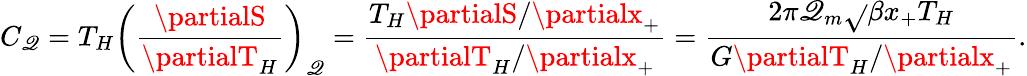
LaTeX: C_{\mathscr{Q}}=T_{H}\left(\frac{{\partialS}}{{\partialT_{H}}}\right)_{\mathscr{Q}}=\frac{{T_{H}\partialS/\partialx_{+}}}{{\partialT_{H}/\partialx_{+}}}=\frac{{2\pi\mathscr{Q}_{m}\sqrt{}{{\beta}}x_{+}T_{H}}}{{G\partialT_{H}/\partialx_{+}}}.